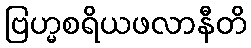
ဗြဟ္မစရိယဖလာနီတိ